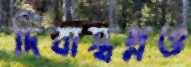
দিবাস্বপ্নও